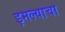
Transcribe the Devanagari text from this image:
इमल्याचा